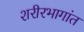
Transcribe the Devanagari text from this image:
शरीरभागांत